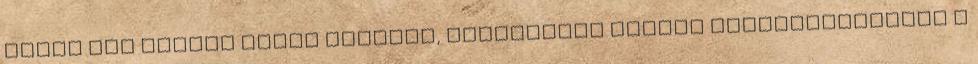
látva nem hoztam rossz döntést, ugyanakkor miután végighallgattam a